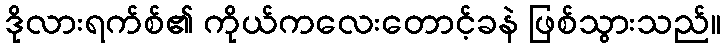
ဒိုလားရက်စ်၏ ကိုယ်ကလေးတောင့်ခနဲ ဖြစ်သွားသည်။